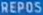
REPOS